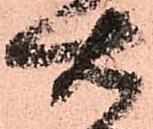
右